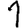
Digit: 1